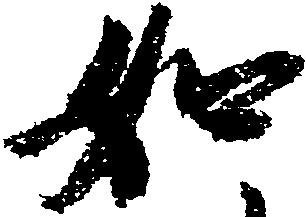
如